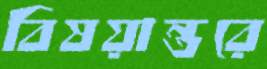
বিষয়ান্তরে